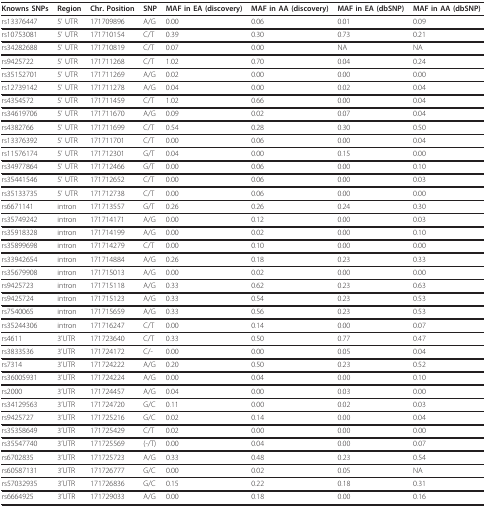
<table><thead><tr><td><b>Knowns SNPs</b></td><td><b>Region</b></td><td><b>Chr. Position</b></td><td><b>SNP</b></td><td><b>MAF in EA (discovery)</b></td><td><b>MAF in AA (discovery)</b></td><td><b>MAF in EA (dbSNP)</b></td><td><b>MAF in AA (dbSNP)</b></td></tr></thead><tbody><tr><td>rs13376447</td><td>5&#x27; UTR</td><td>171709896</td><td>A/G</td><td>0.00</td><td>0.06</td><td>0.01</td><td>0.09</td></tr><tr><td>rs10753081</td><td>5&#x27; UTR</td><td>171710154</td><td>C/T</td><td>0.39</td><td>0.30</td><td>0.73</td><td>0.21</td></tr><tr><td>rs34282688</td><td>5&#x27; UTR</td><td>171710819</td><td>C/T</td><td>0.07</td><td>0.00</td><td>NA</td><td>NA</td></tr><tr><td>rs9425722</td><td>5&#x27; UTR</td><td>171711268</td><td>C/T</td><td>1.02</td><td>0.70</td><td>0.04</td><td>0.24</td></tr><tr><td>rs35152701</td><td>5&#x27; UTR</td><td>171711269</td><td>A/G</td><td>0.02</td><td>0.00</td><td>0.00</td><td>0.00</td></tr><tr><td>rs12739142</td><td>5&#x27; UTR</td><td>171711278</td><td>A/G</td><td>0.04</td><td>0.00</td><td>0.02</td><td>0.04</td></tr><tr><td>rs4354572</td><td>5&#x27; UTR</td><td>171711459</td><td>C/T</td><td>1.02</td><td>0.66</td><td>0.00</td><td>0.04</td></tr><tr><td>rs34619706</td><td>5&#x27; UTR</td><td>171711670</td><td>A/G</td><td>0.09</td><td>0.02</td><td>0.07</td><td>0.04</td></tr><tr><td>rs4382766</td><td>5&#x27; UTR</td><td>171711699</td><td>C/T</td><td>0.54</td><td>0.28</td><td>0.30</td><td>0.50</td></tr><tr><td>rs13376392</td><td>5&#x27; UTR</td><td>171711701</td><td>C/T</td><td>0.00</td><td>0.06</td><td>0.00</td><td>0.04</td></tr><tr><td>rs11576174</td><td>5&#x27; UTR</td><td>171712301</td><td>G/T</td><td>0.04</td><td>0.00</td><td>0.15</td><td>0.00</td></tr><tr><td>rs34977864</td><td>5&#x27; UTR</td><td>171712466</td><td>G/T</td><td>0.00</td><td>0.06</td><td>0.00</td><td>0.10</td></tr><tr><td>rs35441546</td><td>5&#x27; UTR</td><td>171712652</td><td>C/T</td><td>0.00</td><td>0.06</td><td>0.00</td><td>0.03</td></tr><tr><td>rs35133735</td><td>5&#x27; UTR</td><td>171712738</td><td>C/T</td><td>0.00</td><td>0.06</td><td>0.00</td><td>0.00</td></tr><tr><td>rs6671141</td><td>intron</td><td>171713557</td><td>G/T</td><td>0.26</td><td>0.26</td><td>0.24</td><td>0.30</td></tr><tr><td>rs35749242</td><td>intron</td><td>171714171</td><td>A/G</td><td>0.00</td><td>0.12</td><td>0.00</td><td>0.03</td></tr><tr><td>rs35918328</td><td>intron</td><td>171714199</td><td>A/G</td><td>0.00</td><td>0.02</td><td>0.00</td><td>0.10</td></tr><tr><td>rs35899698</td><td>intron</td><td>171714279</td><td>C/T</td><td>0.00</td><td>0.10</td><td>0.00</td><td>0.00</td></tr><tr><td>rs33942654</td><td>intron</td><td>171714884</td><td>A/G</td><td>0.26</td><td>0.18</td><td>0.23</td><td>0.33</td></tr><tr><td>rs35679908</td><td>intron</td><td>171715013</td><td>A/G</td><td>0.00</td><td>0.02</td><td>0.00</td><td>0.00</td></tr><tr><td>rs9425723</td><td>intron</td><td>171715118</td><td>A/G</td><td>0.33</td><td>0.62</td><td>0.23</td><td>0.63</td></tr><tr><td>rs9425724</td><td>intron</td><td>171715123</td><td>A/G</td><td>0.33</td><td>0.54</td><td>0.23</td><td>0.53</td></tr><tr><td>rs7540065</td><td>intron</td><td>171715659</td><td>A/G</td><td>0.33</td><td>0.56</td><td>0.23</td><td>0.53</td></tr><tr><td>rs35244306</td><td>intron</td><td>171716247</td><td>C/T</td><td>0.00</td><td>0.14</td><td>0.00</td><td>0.07</td></tr><tr><td>rs4611</td><td>3&#x27;UTR</td><td>171723640</td><td>C/T</td><td>0.33</td><td>0.50</td><td>0.77</td><td>0.47</td></tr><tr><td>rs3833536</td><td>3&#x27;UTR</td><td>171724172</td><td>C/-</td><td>0.00</td><td>0.00</td><td>0.05</td><td>0.04</td></tr><tr><td>rs7314</td><td>3&#x27;UTR</td><td>171724222</td><td>A/G</td><td>0.20</td><td>0.50</td><td>0.23</td><td>0.52</td></tr><tr><td>rs36005931</td><td>3&#x27;UTR</td><td>171724224</td><td>A/G</td><td>0.00</td><td>0.04</td><td>0.00</td><td>0.10</td></tr><tr><td>rs2000</td><td>3&#x27;UTR</td><td>171724457</td><td>A/G</td><td>0.04</td><td>0.00</td><td>0.03</td><td>0.00</td></tr><tr><td>rs34129563</td><td>3&#x27;UTR</td><td>171724720</td><td>G/C</td><td>0.11</td><td>0.00</td><td>0.02</td><td>0.03</td></tr><tr><td>rs9425727</td><td>3&#x27;UTR</td><td>171725216</td><td>G/C</td><td>0.02</td><td>0.14</td><td>0.00</td><td>0.04</td></tr><tr><td>rs35358649</td><td>3&#x27;UTR</td><td>171725429</td><td>C/T</td><td>0.02</td><td>0.00</td><td>0.00</td><td>0.00</td></tr><tr><td>rs35547740</td><td>3&#x27;UTR</td><td>171725569</td><td>(-/T)</td><td>0.00</td><td>0.04</td><td>0.00</td><td>0.07</td></tr><tr><td>rs6702835</td><td>3&#x27;UTR</td><td>171725723</td><td>A/G</td><td>0.33</td><td>0.48</td><td>0.23</td><td>0.54</td></tr><tr><td>rs60587131</td><td>3&#x27;UTR</td><td>171726777</td><td>G/C</td><td>0.00</td><td>0.02</td><td>0.05</td><td>NA</td></tr><tr><td>rs57032935</td><td>3&#x27;UTR</td><td>171726836</td><td>G/C</td><td>0.15</td><td>0.22</td><td>0.18</td><td>0.31</td></tr><tr><td>rs6664925</td><td>3&#x27;UTR</td><td>171729033</td><td>A/G</td><td>0.00</td><td>0.18</td><td>0.00</td><td>0.16</td></tr></tbody></table>